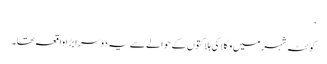
‘
کوئٹہ شہر میں وکلا کی ہلاکتوں کے حوالے سے یہ دوسرا بڑا واقعہ تھا۔